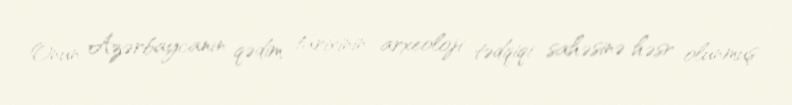
Onun Azərbaycanın qədim tarixinin arxeoloji tədqiqi sahəsinə həsr olunmuş